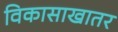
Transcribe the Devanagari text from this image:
विकासाखातर